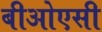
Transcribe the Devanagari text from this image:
बीओएसी